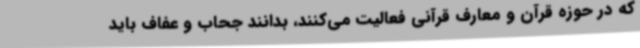
که در حوزه قرآن و معارف قرآنی فعالیت می‌کنند، بدانند جحاب و عفاف باید